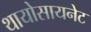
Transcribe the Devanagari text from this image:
थायोसायनेट